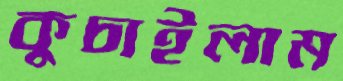
কুচাইলাম